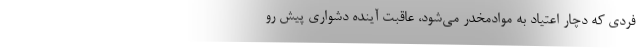
فردی که دچار اعتیاد به موادمخدر می‌شود، عاقبت آینده دشواری پیش رو